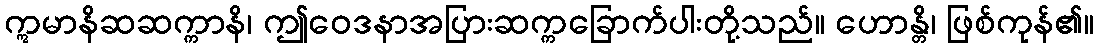
ဣမာနိဆဆက္ကာနိ၊ ဤဝေဒနာအပြားဆက္ကခြောက်ပါးတို့သည်။ ဟောန္တိ၊ ဖြစ်ကုန်၏။